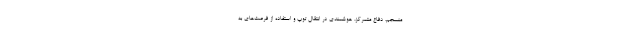
منسجم، دفاع متمرکز، هوشمندی در انتقال توپ و استفاده از فرصت‌های به